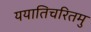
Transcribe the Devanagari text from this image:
ययातिचरितमु